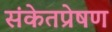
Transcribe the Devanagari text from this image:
संकेतप्रेषण